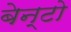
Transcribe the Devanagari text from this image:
बेन्टो